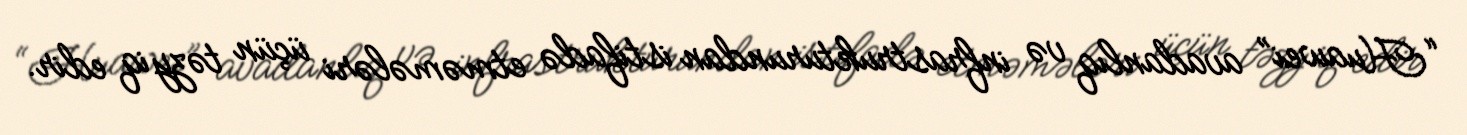
“Huawei” avadanlıq və infrastrukturundan istifadə etməmələri üçün təzyiq edir.